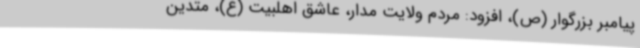
پیامبر بزرگوار (ص)، افزود: مردم ولایت مدار، عاشق اهلبیت (ع)، متدین